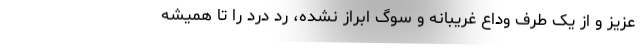
عزیز و از یک طرف وداع غریبانه و سوگ ابراز نشده، رد درد را تا همیشه